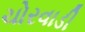
ચોરવાડી